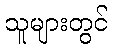
သူများတွင်